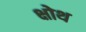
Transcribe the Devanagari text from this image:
क्षोथ